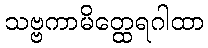
သဗ္ဗကာမိတ္ထေရဂါထာ